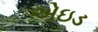
એઇડ